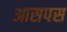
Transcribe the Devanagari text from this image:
आसपस